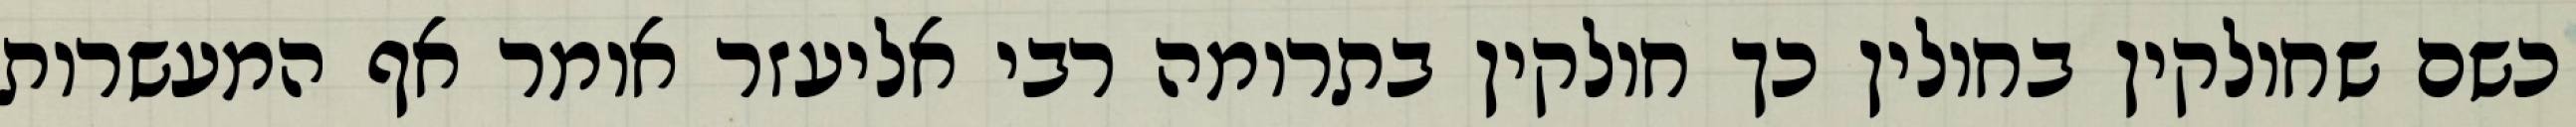
כשם שחולקין בחולין כך חולקין בתרומה רבי אליעזר אומר אף המעשרות